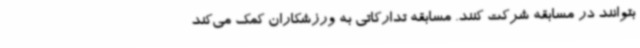
بتوانند در مسابقه شرکت کنند. مسابقه تدارکاتی به ورزشکاران کمک می‌کند